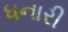
ધનારી